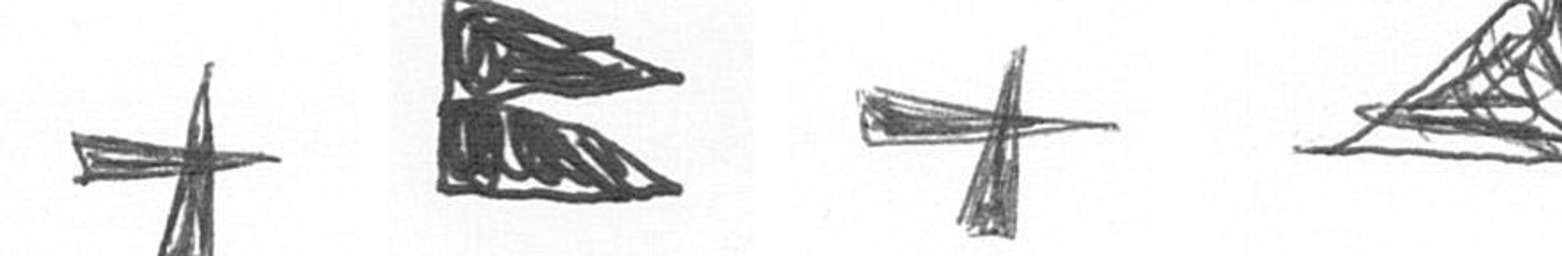
G P G O